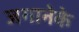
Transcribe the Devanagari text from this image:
जगानेके